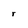
Character: r